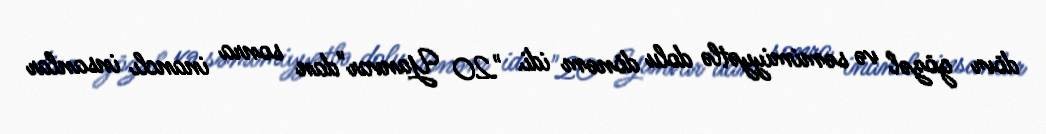
dövr gözəl və səmimiyyətlə dolu dönəm idi. "20 Yanvar"dan sonra inanclı insanlar